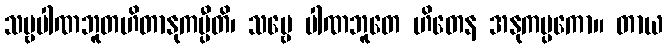
သဗ္ဗပါဏဘူတဟိတာနုကမ္ပီတိ၊ သဗ္ဗေ ပါဏဘူတေ ဟိတေန အနုကမ္ပကော။ တာယ